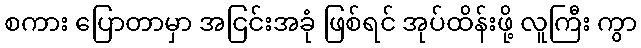
စကား ပြောတာမှာ အငြင်းအခုံ ဖြစ်ရင် အုပ်ထိန်းဖို့ လူကြီး ကွာ